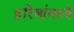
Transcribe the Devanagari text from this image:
हरिणांमध्ये